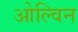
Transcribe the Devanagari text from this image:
ओल्विन